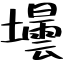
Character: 壜